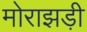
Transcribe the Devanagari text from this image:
मोराझड़ी